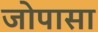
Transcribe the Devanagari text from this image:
जोपासा